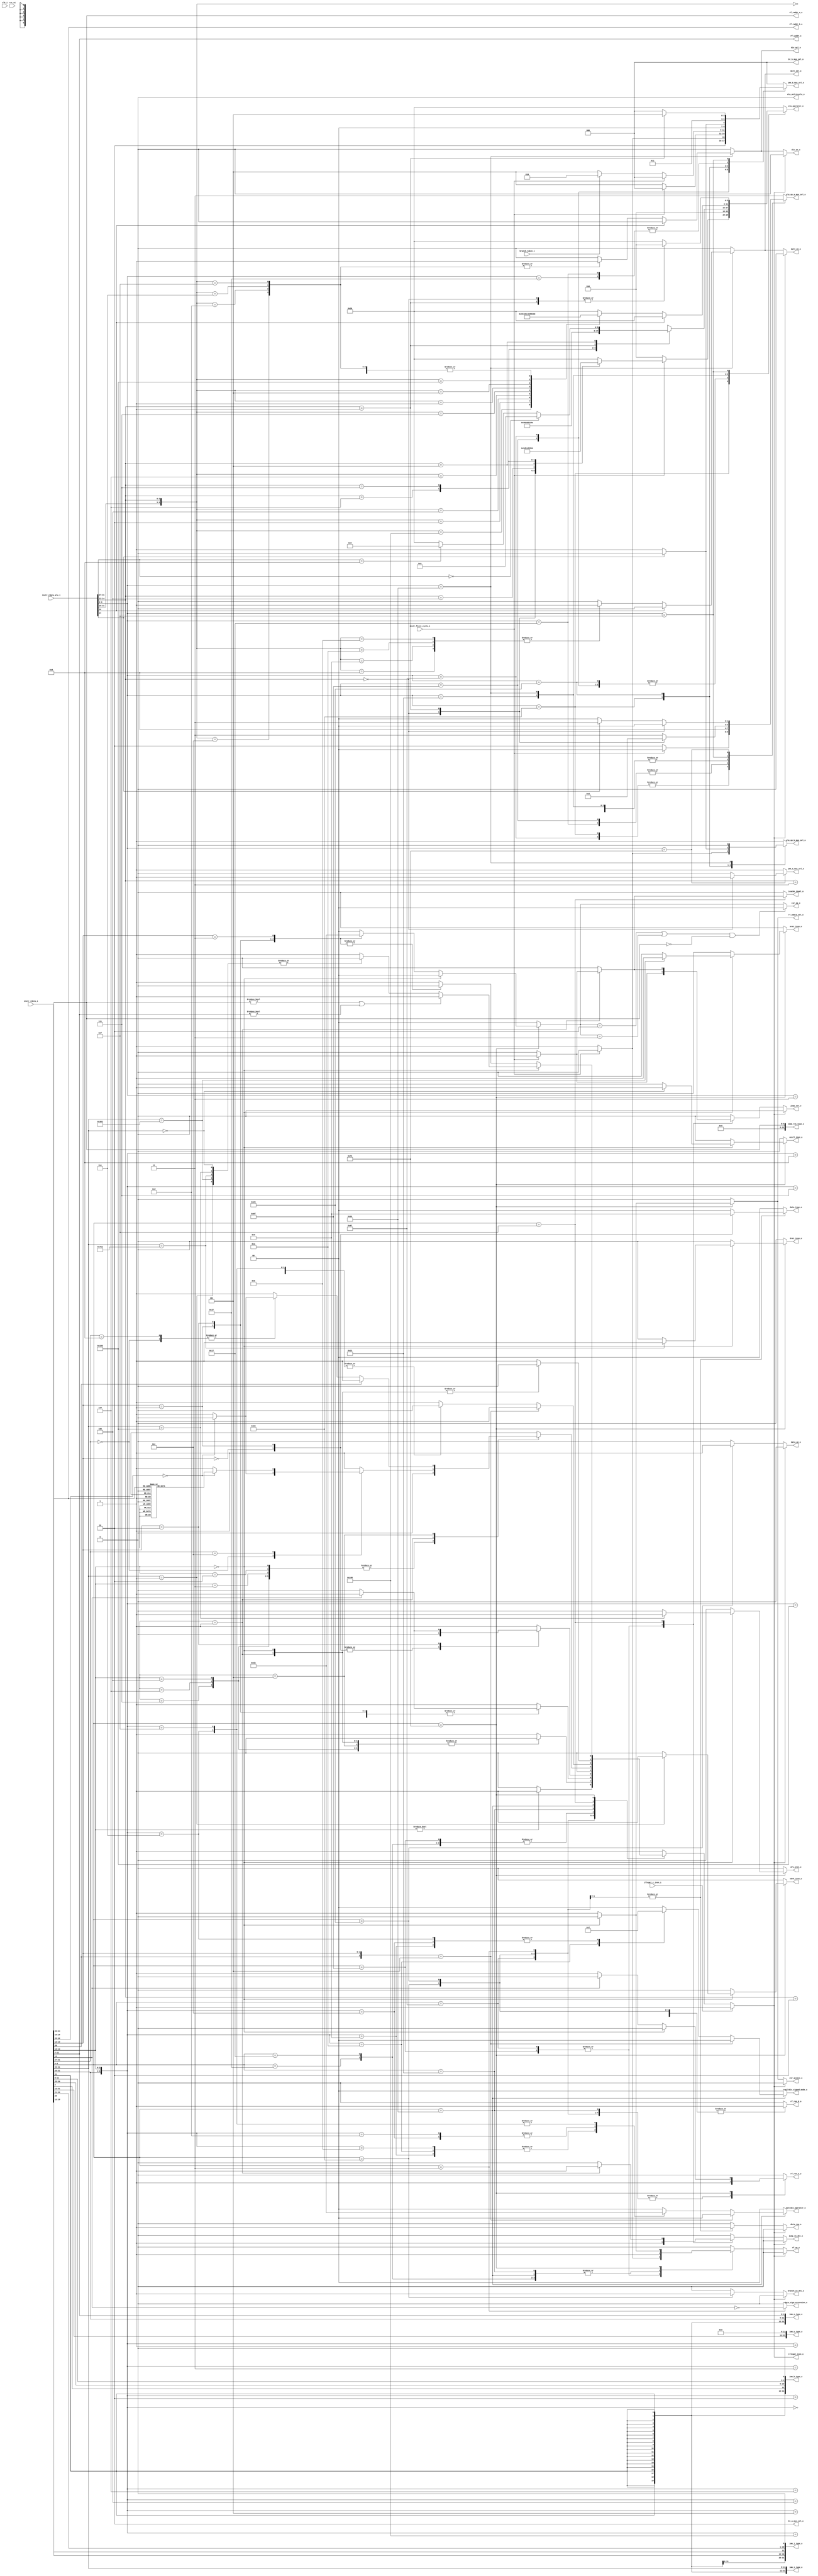
module ibex_decoder (
	clk_i,
	rst_ni,
	illegal_insn_o,
	ebrk_insn_o,
	mret_insn_o,
	dret_insn_o,
	ecall_insn_o,
	wfi_insn_o,
	jump_set_o,
	branch_taken_i,
	icache_inval_o,
	instr_first_cycle_i,
	instr_rdata_i,
	instr_rdata_alu_i,
	illegal_c_insn_i,
	imm_a_mux_sel_o,
	imm_b_mux_sel_o,
	bt_a_mux_sel_o,
	bt_b_mux_sel_o,
	imm_i_type_o,
	imm_s_type_o,
	imm_b_type_o,
	imm_u_type_o,
	imm_j_type_o,
	zimm_rs1_type_o,
	rf_wdata_sel_o,
	rf_we_o,
	rf_raddr_a_o,
	rf_raddr_b_o,
	rf_waddr_o,
	rf_ren_a_o,
	rf_ren_b_o,
	alu_operator_o,
	alu_op_a_mux_sel_o,
	alu_op_b_mux_sel_o,
	alu_multicycle_o,
	mult_en_o,
	div_en_o,
	mult_sel_o,
	div_sel_o,
	multdiv_operator_o,
	multdiv_signed_mode_o,
	csr_access_o,
	csr_op_o,
	data_req_o,
	data_we_o,
	data_type_o,
	data_sign_extension_o,
	jump_in_dec_o,
	branch_in_dec_o
);
	parameter [0:0] RV32E = 0;
	localparam integer ibex_pkg_RV32MFast = 2;
	parameter integer RV32M = ibex_pkg_RV32MFast;
	localparam integer ibex_pkg_RV32BNone = 0;
	parameter integer RV32B = ibex_pkg_RV32BNone;
	parameter [0:0] BranchTargetALU = 0;
	input wire clk_i;
	input wire rst_ni;
	output wire illegal_insn_o;
	output reg ebrk_insn_o;
	output reg mret_insn_o;
	output reg dret_insn_o;
	output reg ecall_insn_o;
	output reg wfi_insn_o;
	output reg jump_set_o;
	input wire branch_taken_i;
	output reg icache_inval_o;
	input wire instr_first_cycle_i;
	input wire [31:0] instr_rdata_i;
	input wire [31:0] instr_rdata_alu_i;
	input wire illegal_c_insn_i;
	output reg imm_a_mux_sel_o;
	output reg [2:0] imm_b_mux_sel_o;
	output reg [1:0] bt_a_mux_sel_o;
	output reg [2:0] bt_b_mux_sel_o;
	output wire [31:0] imm_i_type_o;
	output wire [31:0] imm_s_type_o;
	output wire [31:0] imm_b_type_o;
	output wire [31:0] imm_u_type_o;
	output wire [31:0] imm_j_type_o;
	output wire [31:0] zimm_rs1_type_o;
	output reg rf_wdata_sel_o;
	output wire rf_we_o;
	output wire [4:0] rf_raddr_a_o;
	output wire [4:0] rf_raddr_b_o;
	output wire [4:0] rf_waddr_o;
	output reg rf_ren_a_o;
	output reg rf_ren_b_o;
	output reg [5:0] alu_operator_o;
	output reg [1:0] alu_op_a_mux_sel_o;
	output reg alu_op_b_mux_sel_o;
	output reg alu_multicycle_o;
	output wire mult_en_o;
	output wire div_en_o;
	output reg mult_sel_o;
	output reg div_sel_o;
	output reg [1:0] multdiv_operator_o;
	output reg [1:0] multdiv_signed_mode_o;
	output reg csr_access_o;
	output reg [1:0] csr_op_o;
	output reg data_req_o;
	output reg data_we_o;
	output reg [1:0] data_type_o;
	output reg data_sign_extension_o;
	output reg jump_in_dec_o;
	output reg branch_in_dec_o;
	reg illegal_insn;
	wire illegal_reg_rv32e;
	reg csr_illegal;
	reg rf_we;
	wire [31:0] instr;
	wire [31:0] instr_alu;
	wire [9:0] unused_instr_alu;
	wire [4:0] instr_rs1;
	wire [4:0] instr_rs2;
	wire [4:0] instr_rs3;
	wire [4:0] instr_rd;
	reg use_rs3_d;
	reg use_rs3_q;
	reg [1:0] csr_op;
	reg [6:0] opcode;
	reg [6:0] opcode_alu;
	assign instr = instr_rdata_i;
	assign instr_alu = instr_rdata_alu_i;
	assign imm_i_type_o = {{20 {instr[31]}}, instr[31:20]};
	assign imm_s_type_o = {{20 {instr[31]}}, instr[31:25], instr[11:7]};
	assign imm_b_type_o = {{19 {instr[31]}}, instr[31], instr[7], instr[30:25], instr[11:8], 1'b0};
	assign imm_u_type_o = {instr[31:12], 12'b000000000000};
	assign imm_j_type_o = {{12 {instr[31]}}, instr[19:12], instr[20], instr[30:21], 1'b0};
	assign zimm_rs1_type_o = {27'b000000000000000000000000000, instr_rs1};
	generate
		if (RV32B != ibex_pkg_RV32BNone) begin : gen_rs3_flop
			always @(posedge clk_i or negedge rst_ni)
				if (!rst_ni)
					use_rs3_q <= 1'b0;
				else
					use_rs3_q <= use_rs3_d;
		end
		else begin : gen_no_rs3_flop
			wire unused_clk;
			wire unused_rst_n;
			assign unused_clk = clk_i;
			assign unused_rst_n = rst_ni;
			wire [1:1] sv2v_tmp_66FD5;
			assign sv2v_tmp_66FD5 = use_rs3_d;
			always @(*) use_rs3_q = sv2v_tmp_66FD5;
		end
	endgenerate
	assign instr_rs1 = instr[19:15];
	assign instr_rs2 = instr[24:20];
	assign instr_rs3 = instr[31:27];
	assign rf_raddr_a_o = (use_rs3_q & ~instr_first_cycle_i ? instr_rs3 : instr_rs1);
	assign rf_raddr_b_o = instr_rs2;
	assign instr_rd = instr[11:7];
	assign rf_waddr_o = instr_rd;
	localparam [1:0] ibex_pkg_OP_A_REG_A = 0;
	localparam [0:0] ibex_pkg_OP_B_REG_B = 0;
	generate
		if (RV32E) begin : gen_rv32e_reg_check_active
			assign illegal_reg_rv32e = ((rf_raddr_a_o[4] & (alu_op_a_mux_sel_o == ibex_pkg_OP_A_REG_A)) | (rf_raddr_b_o[4] & (alu_op_b_mux_sel_o == ibex_pkg_OP_B_REG_B))) | (rf_waddr_o[4] & rf_we);
		end
		else begin : gen_rv32e_reg_check_inactive
			assign illegal_reg_rv32e = 1'b0;
		end
	endgenerate
	localparam [1:0] ibex_pkg_CSR_OP_CLEAR = 3;
	localparam [1:0] ibex_pkg_CSR_OP_READ = 0;
	localparam [1:0] ibex_pkg_CSR_OP_SET = 2;
	always @(*) begin : csr_operand_check
		csr_op_o = csr_op;
		if (((csr_op == ibex_pkg_CSR_OP_SET) || (csr_op == ibex_pkg_CSR_OP_CLEAR)) && (instr_rs1 == {5 {1'sb0}}))
			csr_op_o = ibex_pkg_CSR_OP_READ;
	end
	localparam [1:0] ibex_pkg_CSR_OP_WRITE = 1;
	localparam [1:0] ibex_pkg_MD_OP_DIV = 2;
	localparam [1:0] ibex_pkg_MD_OP_MULH = 1;
	localparam [1:0] ibex_pkg_MD_OP_MULL = 0;
	localparam [1:0] ibex_pkg_MD_OP_REM = 3;
	localparam [6:0] ibex_pkg_OPCODE_AUIPC = 7'h17;
	localparam [6:0] ibex_pkg_OPCODE_BRANCH = 7'h63;
	localparam [6:0] ibex_pkg_OPCODE_JAL = 7'h6f;
	localparam [6:0] ibex_pkg_OPCODE_JALR = 7'h67;
	localparam [6:0] ibex_pkg_OPCODE_LOAD = 7'h03;
	localparam [6:0] ibex_pkg_OPCODE_LUI = 7'h37;
	localparam [6:0] ibex_pkg_OPCODE_MISC_MEM = 7'h0f;
	localparam [6:0] ibex_pkg_OPCODE_OP = 7'h33;
	localparam [6:0] ibex_pkg_OPCODE_OP_IMM = 7'h13;
	localparam [6:0] ibex_pkg_OPCODE_STORE = 7'h23;
	localparam [6:0] ibex_pkg_OPCODE_SYSTEM = 7'h73;
	localparam [0:0] ibex_pkg_RF_WD_CSR = 1;
	localparam [0:0] ibex_pkg_RF_WD_EX = 0;
	localparam integer ibex_pkg_RV32BBalanced = 1;
	localparam integer ibex_pkg_RV32BFull = 2;
	localparam integer ibex_pkg_RV32MNone = 0;
	always @(*) begin
		jump_in_dec_o = 1'b0;
		jump_set_o = 1'b0;
		branch_in_dec_o = 1'b0;
		icache_inval_o = 1'b0;
		multdiv_operator_o = ibex_pkg_MD_OP_MULL;
		multdiv_signed_mode_o = 2'b00;
		rf_wdata_sel_o = ibex_pkg_RF_WD_EX;
		rf_we = 1'b0;
		rf_ren_a_o = 1'b0;
		rf_ren_b_o = 1'b0;
		csr_access_o = 1'b0;
		csr_illegal = 1'b0;
		csr_op = ibex_pkg_CSR_OP_READ;
		data_we_o = 1'b0;
		data_type_o = 2'b00;
		data_sign_extension_o = 1'b0;
		data_req_o = 1'b0;
		illegal_insn = 1'b0;
		ebrk_insn_o = 1'b0;
		mret_insn_o = 1'b0;
		dret_insn_o = 1'b0;
		ecall_insn_o = 1'b0;
		wfi_insn_o = 1'b0;
		opcode = instr[6:0];
		case (opcode)
			ibex_pkg_OPCODE_JAL: begin
				jump_in_dec_o = 1'b1;
				if (instr_first_cycle_i) begin
					rf_we = BranchTargetALU;
					jump_set_o = 1'b1;
				end
				else
					rf_we = 1'b1;
			end
			ibex_pkg_OPCODE_JALR: begin
				jump_in_dec_o = 1'b1;
				if (instr_first_cycle_i) begin
					rf_we = BranchTargetALU;
					jump_set_o = 1'b1;
				end
				else
					rf_we = 1'b1;
				if (instr[14:12] != 3'b000)
					illegal_insn = 1'b1;
				rf_ren_a_o = 1'b1;
			end
			ibex_pkg_OPCODE_BRANCH: begin
				branch_in_dec_o = 1'b1;
				case (instr[14:12])
					3'b000, 3'b001, 3'b100, 3'b101, 3'b110, 3'b111: illegal_insn = 1'b0;
					default: illegal_insn = 1'b1;
				endcase
				rf_ren_a_o = 1'b1;
				rf_ren_b_o = 1'b1;
			end
			ibex_pkg_OPCODE_STORE: begin
				rf_ren_a_o = 1'b1;
				rf_ren_b_o = 1'b1;
				data_req_o = 1'b1;
				data_we_o = 1'b1;
				if (instr[14])
					illegal_insn = 1'b1;
				case (instr[13:12])
					2'b00: data_type_o = 2'b10;
					2'b01: data_type_o = 2'b01;
					2'b10: data_type_o = 2'b00;
					default: illegal_insn = 1'b1;
				endcase
			end
			ibex_pkg_OPCODE_LOAD: begin
				rf_ren_a_o = 1'b1;
				data_req_o = 1'b1;
				data_type_o = 2'b00;
				data_sign_extension_o = ~instr[14];
				case (instr[13:12])
					2'b00: data_type_o = 2'b10;
					2'b01: data_type_o = 2'b01;
					2'b10: begin
						data_type_o = 2'b00;
						if (instr[14])
							illegal_insn = 1'b1;
					end
					default: illegal_insn = 1'b1;
				endcase
			end
			ibex_pkg_OPCODE_LUI: rf_we = 1'b1;
			ibex_pkg_OPCODE_AUIPC: rf_we = 1'b1;
			ibex_pkg_OPCODE_OP_IMM: begin
				rf_ren_a_o = 1'b1;
				rf_we = 1'b1;
				case (instr[14:12])
					3'b000, 3'b010, 3'b011, 3'b100, 3'b110, 3'b111: illegal_insn = 1'b0;
					3'b001:
						case (instr[31:27])
							5'b00000: illegal_insn = (instr[26:25] == 2'b00 ? 1'b0 : 1'b1);
							5'b00100, 5'b01001, 5'b00101, 5'b01101: illegal_insn = (RV32B != ibex_pkg_RV32BNone ? 1'b0 : 1'b1);
							5'b00001:
								if (instr[26] == 1'b0)
									illegal_insn = (RV32B == ibex_pkg_RV32BFull ? 1'b0 : 1'b1);
								else
									illegal_insn = 1'b1;
							5'b01100:
								case (instr[26:20])
									7'b0000000, 7'b0000001, 7'b0000010, 7'b0000100, 7'b0000101: illegal_insn = (RV32B != ibex_pkg_RV32BNone ? 1'b0 : 1'b1);
									7'b0010000, 7'b0010001, 7'b0010010, 7'b0011000, 7'b0011001, 7'b0011010: illegal_insn = (RV32B == ibex_pkg_RV32BFull ? 1'b0 : 1'b1);
									default: illegal_insn = 1'b1;
								endcase
							default: illegal_insn = 1'b1;
						endcase
					3'b101:
						if (instr[26])
							illegal_insn = (RV32B != ibex_pkg_RV32BNone ? 1'b0 : 1'b1);
						else
							case (instr[31:27])
								5'b00000, 5'b01000: illegal_insn = (instr[26:25] == 2'b00 ? 1'b0 : 1'b1);
								5'b00100, 5'b01100, 5'b01001: illegal_insn = (RV32B != ibex_pkg_RV32BNone ? 1'b0 : 1'b1);
								5'b01101:
									if (RV32B == ibex_pkg_RV32BFull)
										illegal_insn = 1'b0;
									else
										case (instr[24:20])
											5'b11111, 5'b11000: illegal_insn = (RV32B == ibex_pkg_RV32BBalanced ? 1'b0 : 1'b1);
											default: illegal_insn = 1'b1;
										endcase
								5'b00101:
									if (RV32B == ibex_pkg_RV32BFull)
										illegal_insn = 1'b0;
									else if (instr[24:20] == 5'b00111)
										illegal_insn = (RV32B == ibex_pkg_RV32BBalanced ? 1'b0 : 1'b1);
									else
										illegal_insn = 1'b1;
								5'b00001:
									if (instr[26] == 1'b0)
										illegal_insn = (RV32B == ibex_pkg_RV32BFull ? 1'b0 : 1'b1);
									else
										illegal_insn = 1'b1;
								default: illegal_insn = 1'b1;
							endcase
					default: illegal_insn = 1'b1;
				endcase
			end
			ibex_pkg_OPCODE_OP: begin
				rf_ren_a_o = 1'b1;
				rf_ren_b_o = 1'b1;
				rf_we = 1'b1;
				if ({instr[26], instr[13:12]} == 3'b101)
					illegal_insn = (RV32B != ibex_pkg_RV32BNone ? 1'b0 : 1'b1);
				else
					case ({instr[31:25], instr[14:12]})
						10'b0000000000, 10'b0100000000, 10'b0000000010, 10'b0000000011, 10'b0000000100, 10'b0000000110, 10'b0000000111, 10'b0000000001, 10'b0000000101, 10'b0100000101: illegal_insn = 1'b0;
						10'b0100000111, 10'b0100000110, 10'b0100000100, 10'b0010000001, 10'b0010000101, 10'b0110000001, 10'b0110000101, 10'b0000101100, 10'b0000101101, 10'b0000101110, 10'b0000101111, 10'b0000100100, 10'b0100100100, 10'b0000100111, 10'b0100100001, 10'b0010100001, 10'b0110100001, 10'b0100100101, 10'b0100100111: illegal_insn = (RV32B != ibex_pkg_RV32BNone ? 1'b0 : 1'b1);
						10'b0100100110, 10'b0000100110, 10'b0110100101, 10'b0010100101, 10'b0000100001, 10'b0000100101, 10'b0000101001, 10'b0000101010, 10'b0000101011: illegal_insn = (RV32B == ibex_pkg_RV32BFull ? 1'b0 : 1'b1);
						10'b0000001000: begin
							multdiv_operator_o = ibex_pkg_MD_OP_MULL;
							multdiv_signed_mode_o = 2'b00;
							illegal_insn = (RV32M == ibex_pkg_RV32MNone ? 1'b1 : 1'b0);
						end
						10'b0000001001: begin
							multdiv_operator_o = ibex_pkg_MD_OP_MULH;
							multdiv_signed_mode_o = 2'b11;
							illegal_insn = (RV32M == ibex_pkg_RV32MNone ? 1'b1 : 1'b0);
						end
						10'b0000001010: begin
							multdiv_operator_o = ibex_pkg_MD_OP_MULH;
							multdiv_signed_mode_o = 2'b01;
							illegal_insn = (RV32M == ibex_pkg_RV32MNone ? 1'b1 : 1'b0);
						end
						10'b0000001011: begin
							multdiv_operator_o = ibex_pkg_MD_OP_MULH;
							multdiv_signed_mode_o = 2'b00;
							illegal_insn = (RV32M == ibex_pkg_RV32MNone ? 1'b1 : 1'b0);
						end
						10'b0000001100: begin
							multdiv_operator_o = ibex_pkg_MD_OP_DIV;
							multdiv_signed_mode_o = 2'b11;
							illegal_insn = (RV32M == ibex_pkg_RV32MNone ? 1'b1 : 1'b0);
						end
						10'b0000001101: begin
							multdiv_operator_o = ibex_pkg_MD_OP_DIV;
							multdiv_signed_mode_o = 2'b00;
							illegal_insn = (RV32M == ibex_pkg_RV32MNone ? 1'b1 : 1'b0);
						end
						10'b0000001110: begin
							multdiv_operator_o = ibex_pkg_MD_OP_REM;
							multdiv_signed_mode_o = 2'b11;
							illegal_insn = (RV32M == ibex_pkg_RV32MNone ? 1'b1 : 1'b0);
						end
						10'b0000001111: begin
							multdiv_operator_o = ibex_pkg_MD_OP_REM;
							multdiv_signed_mode_o = 2'b00;
							illegal_insn = (RV32M == ibex_pkg_RV32MNone ? 1'b1 : 1'b0);
						end
						default: illegal_insn = 1'b1;
					endcase
			end
			ibex_pkg_OPCODE_MISC_MEM:
				case (instr[14:12])
					3'b000: rf_we = 1'b0;
					3'b001: begin
						jump_in_dec_o = 1'b1;
						rf_we = 1'b0;
						if (instr_first_cycle_i) begin
							jump_set_o = 1'b1;
							icache_inval_o = 1'b1;
						end
					end
					default: illegal_insn = 1'b1;
				endcase
			ibex_pkg_OPCODE_SYSTEM:
				if (instr[14:12] == 3'b000) begin
					case (instr[31:20])
						12'h000: ecall_insn_o = 1'b1;
						12'h001: ebrk_insn_o = 1'b1;
						12'h302: mret_insn_o = 1'b1;
						12'h7b2: dret_insn_o = 1'b1;
						12'h105: wfi_insn_o = 1'b1;
						default: illegal_insn = 1'b1;
					endcase
					if ((instr_rs1 != 5'b00000) || (instr_rd != 5'b00000))
						illegal_insn = 1'b1;
				end
				else begin
					csr_access_o = 1'b1;
					rf_wdata_sel_o = ibex_pkg_RF_WD_CSR;
					rf_we = 1'b1;
					if (~instr[14])
						rf_ren_a_o = 1'b1;
					case (instr[13:12])
						2'b01: csr_op = ibex_pkg_CSR_OP_WRITE;
						2'b10: csr_op = ibex_pkg_CSR_OP_SET;
						2'b11: csr_op = ibex_pkg_CSR_OP_CLEAR;
						default: csr_illegal = 1'b1;
					endcase
					illegal_insn = csr_illegal;
				end
			default: illegal_insn = 1'b1;
		endcase
		if (illegal_c_insn_i)
			illegal_insn = 1'b1;
		if (illegal_insn) begin
			rf_we = 1'b0;
			data_req_o = 1'b0;
			data_we_o = 1'b0;
			jump_in_dec_o = 1'b0;
			jump_set_o = 1'b0;
			branch_in_dec_o = 1'b0;
			csr_access_o = 1'b0;
		end
	end
	localparam [5:0] ibex_pkg_ALU_ADD = 0;
	localparam [5:0] ibex_pkg_ALU_AND = 4;
	localparam [5:0] ibex_pkg_ALU_ANDN = 7;
	localparam [5:0] ibex_pkg_ALU_BDEP = 48;
	localparam [5:0] ibex_pkg_ALU_BEXT = 47;
	localparam [5:0] ibex_pkg_ALU_BFP = 49;
	localparam [5:0] ibex_pkg_ALU_CLMUL = 50;
	localparam [5:0] ibex_pkg_ALU_CLMULH = 52;
	localparam [5:0] ibex_pkg_ALU_CLMULR = 51;
	localparam [5:0] ibex_pkg_ALU_CLZ = 34;
	localparam [5:0] ibex_pkg_ALU_CMIX = 40;
	localparam [5:0] ibex_pkg_ALU_CMOV = 39;
	localparam [5:0] ibex_pkg_ALU_CRC32C_B = 54;
	localparam [5:0] ibex_pkg_ALU_CRC32C_H = 56;
	localparam [5:0] ibex_pkg_ALU_CRC32C_W = 58;
	localparam [5:0] ibex_pkg_ALU_CRC32_B = 53;
	localparam [5:0] ibex_pkg_ALU_CRC32_H = 55;
	localparam [5:0] ibex_pkg_ALU_CRC32_W = 57;
	localparam [5:0] ibex_pkg_ALU_CTZ = 35;
	localparam [5:0] ibex_pkg_ALU_EQ = 23;
	localparam [5:0] ibex_pkg_ALU_FSL = 41;
	localparam [5:0] ibex_pkg_ALU_FSR = 42;
	localparam [5:0] ibex_pkg_ALU_GE = 21;
	localparam [5:0] ibex_pkg_ALU_GEU = 22;
	localparam [5:0] ibex_pkg_ALU_GORC = 16;
	localparam [5:0] ibex_pkg_ALU_GREV = 15;
	localparam [5:0] ibex_pkg_ALU_LT = 19;
	localparam [5:0] ibex_pkg_ALU_LTU = 20;
	localparam [5:0] ibex_pkg_ALU_MAX = 27;
	localparam [5:0] ibex_pkg_ALU_MAXU = 28;
	localparam [5:0] ibex_pkg_ALU_MIN = 25;
	localparam [5:0] ibex_pkg_ALU_MINU = 26;
	localparam [5:0] ibex_pkg_ALU_NE = 24;
	localparam [5:0] ibex_pkg_ALU_OR = 3;
	localparam [5:0] ibex_pkg_ALU_ORN = 6;
	localparam [5:0] ibex_pkg_ALU_PACK = 29;
	localparam [5:0] ibex_pkg_ALU_PACKH = 31;
	localparam [5:0] ibex_pkg_ALU_PACKU = 30;
	localparam [5:0] ibex_pkg_ALU_PCNT = 36;
	localparam [5:0] ibex_pkg_ALU_ROL = 14;
	localparam [5:0] ibex_pkg_ALU_ROR = 13;
	localparam [5:0] ibex_pkg_ALU_SBCLR = 44;
	localparam [5:0] ibex_pkg_ALU_SBEXT = 46;
	localparam [5:0] ibex_pkg_ALU_SBINV = 45;
	localparam [5:0] ibex_pkg_ALU_SBSET = 43;
	localparam [5:0] ibex_pkg_ALU_SEXTB = 32;
	localparam [5:0] ibex_pkg_ALU_SEXTH = 33;
	localparam [5:0] ibex_pkg_ALU_SHFL = 17;
	localparam [5:0] ibex_pkg_ALU_SLL = 10;
	localparam [5:0] ibex_pkg_ALU_SLO = 12;
	localparam [5:0] ibex_pkg_ALU_SLT = 37;
	localparam [5:0] ibex_pkg_ALU_SLTU = 38;
	localparam [5:0] ibex_pkg_ALU_SRA = 8;
	localparam [5:0] ibex_pkg_ALU_SRL = 9;
	localparam [5:0] ibex_pkg_ALU_SRO = 11;
	localparam [5:0] ibex_pkg_ALU_SUB = 1;
	localparam [5:0] ibex_pkg_ALU_UNSHFL = 18;
	localparam [5:0] ibex_pkg_ALU_XNOR = 5;
	localparam [5:0] ibex_pkg_ALU_XOR = 2;
	localparam [0:0] ibex_pkg_IMM_A_Z = 0;
	localparam [0:0] ibex_pkg_IMM_A_ZERO = 1;
	localparam [2:0] ibex_pkg_IMM_B_B = 2;
	localparam [2:0] ibex_pkg_IMM_B_I = 0;
	localparam [2:0] ibex_pkg_IMM_B_INCR_PC = 5;
	localparam [2:0] ibex_pkg_IMM_B_J = 4;
	localparam [2:0] ibex_pkg_IMM_B_S = 1;
	localparam [2:0] ibex_pkg_IMM_B_U = 3;
	localparam [1:0] ibex_pkg_OP_A_CURRPC = 2;
	localparam [1:0] ibex_pkg_OP_A_IMM = 3;
	localparam [0:0] ibex_pkg_OP_B_IMM = 1;
	always @(*) begin
		alu_operator_o = ibex_pkg_ALU_SLTU;
		alu_op_a_mux_sel_o = ibex_pkg_OP_A_IMM;
		alu_op_b_mux_sel_o = ibex_pkg_OP_B_IMM;
		imm_a_mux_sel_o = ibex_pkg_IMM_A_ZERO;
		imm_b_mux_sel_o = ibex_pkg_IMM_B_I;
		bt_a_mux_sel_o = ibex_pkg_OP_A_CURRPC;
		bt_b_mux_sel_o = ibex_pkg_IMM_B_I;
		opcode_alu = instr_alu[6:0];
		use_rs3_d = 1'b0;
		alu_multicycle_o = 1'b0;
		mult_sel_o = 1'b0;
		div_sel_o = 1'b0;
		case (opcode_alu)
			ibex_pkg_OPCODE_JAL: begin
				if (BranchTargetALU) begin
					bt_a_mux_sel_o = ibex_pkg_OP_A_CURRPC;
					bt_b_mux_sel_o = ibex_pkg_IMM_B_J;
				end
				if (instr_first_cycle_i && !BranchTargetALU) begin
					alu_op_a_mux_sel_o = ibex_pkg_OP_A_CURRPC;
					alu_op_b_mux_sel_o = ibex_pkg_OP_B_IMM;
					imm_b_mux_sel_o = ibex_pkg_IMM_B_J;
					alu_operator_o = ibex_pkg_ALU_ADD;
				end
				else begin
					alu_op_a_mux_sel_o = ibex_pkg_OP_A_CURRPC;
					alu_op_b_mux_sel_o = ibex_pkg_OP_B_IMM;
					imm_b_mux_sel_o = ibex_pkg_IMM_B_INCR_PC;
					alu_operator_o = ibex_pkg_ALU_ADD;
				end
			end
			ibex_pkg_OPCODE_JALR: begin
				if (BranchTargetALU) begin
					bt_a_mux_sel_o = ibex_pkg_OP_A_REG_A;
					bt_b_mux_sel_o = ibex_pkg_IMM_B_I;
				end
				if (instr_first_cycle_i && !BranchTargetALU) begin
					alu_op_a_mux_sel_o = ibex_pkg_OP_A_REG_A;
					alu_op_b_mux_sel_o = ibex_pkg_OP_B_IMM;
					imm_b_mux_sel_o = ibex_pkg_IMM_B_I;
					alu_operator_o = ibex_pkg_ALU_ADD;
				end
				else begin
					alu_op_a_mux_sel_o = ibex_pkg_OP_A_CURRPC;
					alu_op_b_mux_sel_o = ibex_pkg_OP_B_IMM;
					imm_b_mux_sel_o = ibex_pkg_IMM_B_INCR_PC;
					alu_operator_o = ibex_pkg_ALU_ADD;
				end
			end
			ibex_pkg_OPCODE_BRANCH: begin
				case (instr_alu[14:12])
					3'b000: alu_operator_o = ibex_pkg_ALU_EQ;
					3'b001: alu_operator_o = ibex_pkg_ALU_NE;
					3'b100: alu_operator_o = ibex_pkg_ALU_LT;
					3'b101: alu_operator_o = ibex_pkg_ALU_GE;
					3'b110: alu_operator_o = ibex_pkg_ALU_LTU;
					3'b111: alu_operator_o = ibex_pkg_ALU_GEU;
					default:
						;
				endcase
				if (BranchTargetALU) begin
					bt_a_mux_sel_o = ibex_pkg_OP_A_CURRPC;
					bt_b_mux_sel_o = (branch_taken_i ? ibex_pkg_IMM_B_B : ibex_pkg_IMM_B_INCR_PC);
				end
				if (instr_first_cycle_i) begin
					alu_op_a_mux_sel_o = ibex_pkg_OP_A_REG_A;
					alu_op_b_mux_sel_o = ibex_pkg_OP_B_REG_B;
				end
				else begin
					alu_op_a_mux_sel_o = ibex_pkg_OP_A_CURRPC;
					alu_op_b_mux_sel_o = ibex_pkg_OP_B_IMM;
					imm_b_mux_sel_o = (branch_taken_i ? ibex_pkg_IMM_B_B : ibex_pkg_IMM_B_INCR_PC);
					alu_operator_o = ibex_pkg_ALU_ADD;
				end
			end
			ibex_pkg_OPCODE_STORE: begin
				alu_op_a_mux_sel_o = ibex_pkg_OP_A_REG_A;
				alu_op_b_mux_sel_o = ibex_pkg_OP_B_REG_B;
				alu_operator_o = ibex_pkg_ALU_ADD;
				if (!instr_alu[14]) begin
					imm_b_mux_sel_o = ibex_pkg_IMM_B_S;
					alu_op_b_mux_sel_o = ibex_pkg_OP_B_IMM;
				end
			end
			ibex_pkg_OPCODE_LOAD: begin
				alu_op_a_mux_sel_o = ibex_pkg_OP_A_REG_A;
				alu_operator_o = ibex_pkg_ALU_ADD;
				alu_op_b_mux_sel_o = ibex_pkg_OP_B_IMM;
				imm_b_mux_sel_o = ibex_pkg_IMM_B_I;
			end
			ibex_pkg_OPCODE_LUI: begin
				alu_op_a_mux_sel_o = ibex_pkg_OP_A_IMM;
				alu_op_b_mux_sel_o = ibex_pkg_OP_B_IMM;
				imm_a_mux_sel_o = ibex_pkg_IMM_A_ZERO;
				imm_b_mux_sel_o = ibex_pkg_IMM_B_U;
				alu_operator_o = ibex_pkg_ALU_ADD;
			end
			ibex_pkg_OPCODE_AUIPC: begin
				alu_op_a_mux_sel_o = ibex_pkg_OP_A_CURRPC;
				alu_op_b_mux_sel_o = ibex_pkg_OP_B_IMM;
				imm_b_mux_sel_o = ibex_pkg_IMM_B_U;
				alu_operator_o = ibex_pkg_ALU_ADD;
			end
			ibex_pkg_OPCODE_OP_IMM: begin
				alu_op_a_mux_sel_o = ibex_pkg_OP_A_REG_A;
				alu_op_b_mux_sel_o = ibex_pkg_OP_B_IMM;
				imm_b_mux_sel_o = ibex_pkg_IMM_B_I;
				case (instr_alu[14:12])
					3'b000: alu_operator_o = ibex_pkg_ALU_ADD;
					3'b010: alu_operator_o = ibex_pkg_ALU_SLT;
					3'b011: alu_operator_o = ibex_pkg_ALU_SLTU;
					3'b100: alu_operator_o = ibex_pkg_ALU_XOR;
					3'b110: alu_operator_o = ibex_pkg_ALU_OR;
					3'b111: alu_operator_o = ibex_pkg_ALU_AND;
					3'b001:
						if (RV32B != ibex_pkg_RV32BNone)
							case (instr_alu[31:27])
								5'b00000: alu_operator_o = ibex_pkg_ALU_SLL;
								5'b00100: alu_operator_o = ibex_pkg_ALU_SLO;
								5'b01001: alu_operator_o = ibex_pkg_ALU_SBCLR;
								5'b00101: alu_operator_o = ibex_pkg_ALU_SBSET;
								5'b01101: alu_operator_o = ibex_pkg_ALU_SBINV;
								5'b00001:
									if (instr_alu[26] == 0)
										alu_operator_o = ibex_pkg_ALU_SHFL;
								5'b01100:
									case (instr_alu[26:20])
										7'b0000000: alu_operator_o = ibex_pkg_ALU_CLZ;
										7'b0000001: alu_operator_o = ibex_pkg_ALU_CTZ;
										7'b0000010: alu_operator_o = ibex_pkg_ALU_PCNT;
										7'b0000100: alu_operator_o = ibex_pkg_ALU_SEXTB;
										7'b0000101: alu_operator_o = ibex_pkg_ALU_SEXTH;
										7'b0010000:
											if (RV32B == ibex_pkg_RV32BFull) begin
												alu_operator_o = ibex_pkg_ALU_CRC32_B;
												alu_multicycle_o = 1'b1;
											end
										7'b0010001:
											if (RV32B == ibex_pkg_RV32BFull) begin
												alu_operator_o = ibex_pkg_ALU_CRC32_H;
												alu_multicycle_o = 1'b1;
											end
										7'b0010010:
											if (RV32B == ibex_pkg_RV32BFull) begin
												alu_operator_o = ibex_pkg_ALU_CRC32_W;
												alu_multicycle_o = 1'b1;
											end
										7'b0011000:
											if (RV32B == ibex_pkg_RV32BFull) begin
												alu_operator_o = ibex_pkg_ALU_CRC32C_B;
												alu_multicycle_o = 1'b1;
											end
										7'b0011001:
											if (RV32B == ibex_pkg_RV32BFull) begin
												alu_operator_o = ibex_pkg_ALU_CRC32C_H;
												alu_multicycle_o = 1'b1;
											end
										7'b0011010:
											if (RV32B == ibex_pkg_RV32BFull) begin
												alu_operator_o = ibex_pkg_ALU_CRC32C_W;
												alu_multicycle_o = 1'b1;
											end
										default:
											;
									endcase
								default:
									;
							endcase
						else
							alu_operator_o = ibex_pkg_ALU_SLL;
					3'b101:
						if (RV32B != ibex_pkg_RV32BNone) begin
							if (instr_alu[26] == 1'b1) begin
								alu_operator_o = ibex_pkg_ALU_FSR;
								alu_multicycle_o = 1'b1;
								if (instr_first_cycle_i)
									use_rs3_d = 1'b1;
								else
									use_rs3_d = 1'b0;
							end
							else
								case (instr_alu[31:27])
									5'b00000: alu_operator_o = ibex_pkg_ALU_SRL;
									5'b01000: alu_operator_o = ibex_pkg_ALU_SRA;
									5'b00100: alu_operator_o = ibex_pkg_ALU_SRO;
									5'b01001: alu_operator_o = ibex_pkg_ALU_SBEXT;
									5'b01100: begin
										alu_operator_o = ibex_pkg_ALU_ROR;
										alu_multicycle_o = 1'b1;
									end
									5'b01101: alu_operator_o = ibex_pkg_ALU_GREV;
									5'b00101: alu_operator_o = ibex_pkg_ALU_GORC;
									5'b00001:
										if (RV32B == ibex_pkg_RV32BFull)
											if (instr_alu[26] == 1'b0)
												alu_operator_o = ibex_pkg_ALU_UNSHFL;
									default:
										;
								endcase
						end
						else if (instr_alu[31:27] == 5'b00000)
							alu_operator_o = ibex_pkg_ALU_SRL;
						else if (instr_alu[31:27] == 5'b01000)
							alu_operator_o = ibex_pkg_ALU_SRA;
					default:
						;
				endcase
			end
			ibex_pkg_OPCODE_OP: begin
				alu_op_a_mux_sel_o = ibex_pkg_OP_A_REG_A;
				alu_op_b_mux_sel_o = ibex_pkg_OP_B_REG_B;
				if (instr_alu[26]) begin
					if (RV32B != ibex_pkg_RV32BNone)
						case ({instr_alu[26:25], instr_alu[14:12]})
							5'b11001: begin
								alu_operator_o = ibex_pkg_ALU_CMIX;
								alu_multicycle_o = 1'b1;
								if (instr_first_cycle_i)
									use_rs3_d = 1'b1;
								else
									use_rs3_d = 1'b0;
							end
							5'b11101: begin
								alu_operator_o = ibex_pkg_ALU_CMOV;
								alu_multicycle_o = 1'b1;
								if (instr_first_cycle_i)
									use_rs3_d = 1'b1;
								else
									use_rs3_d = 1'b0;
							end
							5'b10001: begin
								alu_operator_o = ibex_pkg_ALU_FSL;
								alu_multicycle_o = 1'b1;
								if (instr_first_cycle_i)
									use_rs3_d = 1'b1;
								else
									use_rs3_d = 1'b0;
							end
							5'b10101: begin
								alu_operator_o = ibex_pkg_ALU_FSR;
								alu_multicycle_o = 1'b1;
								if (instr_first_cycle_i)
									use_rs3_d = 1'b1;
								else
									use_rs3_d = 1'b0;
							end
							default:
								;
						endcase
				end
				else
					case ({instr_alu[31:25], instr_alu[14:12]})
						10'b0000000000: alu_operator_o = ibex_pkg_ALU_ADD;
						10'b0100000000: alu_operator_o = ibex_pkg_ALU_SUB;
						10'b0000000010: alu_operator_o = ibex_pkg_ALU_SLT;
						10'b0000000011: alu_operator_o = ibex_pkg_ALU_SLTU;
						10'b0000000100: alu_operator_o = ibex_pkg_ALU_XOR;
						10'b0000000110: alu_operator_o = ibex_pkg_ALU_OR;
						10'b0000000111: alu_operator_o = ibex_pkg_ALU_AND;
						10'b0000000001: alu_operator_o = ibex_pkg_ALU_SLL;
						10'b0000000101: alu_operator_o = ibex_pkg_ALU_SRL;
						10'b0100000101: alu_operator_o = ibex_pkg_ALU_SRA;
						10'b0010000001:
							if (RV32B != ibex_pkg_RV32BNone)
								alu_operator_o = ibex_pkg_ALU_SLO;
						10'b0010000101:
							if (RV32B != ibex_pkg_RV32BNone)
								alu_operator_o = ibex_pkg_ALU_SRO;
						10'b0110000001:
							if (RV32B != ibex_pkg_RV32BNone) begin
								alu_operator_o = ibex_pkg_ALU_ROL;
								alu_multicycle_o = 1'b1;
							end
						10'b0110000101:
							if (RV32B != ibex_pkg_RV32BNone) begin
								alu_operator_o = ibex_pkg_ALU_ROR;
								alu_multicycle_o = 1'b1;
							end
						10'b0000101100:
							if (RV32B != ibex_pkg_RV32BNone)
								alu_operator_o = ibex_pkg_ALU_MIN;
						10'b0000101101:
							if (RV32B != ibex_pkg_RV32BNone)
								alu_operator_o = ibex_pkg_ALU_MAX;
						10'b0000101110:
							if (RV32B != ibex_pkg_RV32BNone)
								alu_operator_o = ibex_pkg_ALU_MINU;
						10'b0000101111:
							if (RV32B != ibex_pkg_RV32BNone)
								alu_operator_o = ibex_pkg_ALU_MAXU;
						10'b0000100100:
							if (RV32B != ibex_pkg_RV32BNone)
								alu_operator_o = ibex_pkg_ALU_PACK;
						10'b0100100100:
							if (RV32B != ibex_pkg_RV32BNone)
								alu_operator_o = ibex_pkg_ALU_PACKU;
						10'b0000100111:
							if (RV32B != ibex_pkg_RV32BNone)
								alu_operator_o = ibex_pkg_ALU_PACKH;
						10'b0100000100:
							if (RV32B != ibex_pkg_RV32BNone)
								alu_operator_o = ibex_pkg_ALU_XNOR;
						10'b0100000110:
							if (RV32B != ibex_pkg_RV32BNone)
								alu_operator_o = ibex_pkg_ALU_ORN;
						10'b0100000111:
							if (RV32B != ibex_pkg_RV32BNone)
								alu_operator_o = ibex_pkg_ALU_ANDN;
						10'b0100100001:
							if (RV32B != ibex_pkg_RV32BNone)
								alu_operator_o = ibex_pkg_ALU_SBCLR;
						10'b0010100001:
							if (RV32B != ibex_pkg_RV32BNone)
								alu_operator_o = ibex_pkg_ALU_SBSET;
						10'b0110100001:
							if (RV32B != ibex_pkg_RV32BNone)
								alu_operator_o = ibex_pkg_ALU_SBINV;
						10'b0100100101:
							if (RV32B != ibex_pkg_RV32BNone)
								alu_operator_o = ibex_pkg_ALU_SBEXT;
						10'b0100100111:
							if (RV32B != ibex_pkg_RV32BNone)
								alu_operator_o = ibex_pkg_ALU_BFP;
						10'b0110100101:
							if (RV32B != ibex_pkg_RV32BNone)
								alu_operator_o = ibex_pkg_ALU_GREV;
						10'b0010100101:
							if (RV32B != ibex_pkg_RV32BNone)
								alu_operator_o = ibex_pkg_ALU_GORC;
						10'b0000100001:
							if (RV32B == ibex_pkg_RV32BFull)
								alu_operator_o = ibex_pkg_ALU_SHFL;
						10'b0000100101:
							if (RV32B == ibex_pkg_RV32BFull)
								alu_operator_o = ibex_pkg_ALU_UNSHFL;
						10'b0000101001:
							if (RV32B == ibex_pkg_RV32BFull)
								alu_operator_o = ibex_pkg_ALU_CLMUL;
						10'b0000101010:
							if (RV32B == ibex_pkg_RV32BFull)
								alu_operator_o = ibex_pkg_ALU_CLMULR;
						10'b0000101011:
							if (RV32B == ibex_pkg_RV32BFull)
								alu_operator_o = ibex_pkg_ALU_CLMULH;
						10'b0100100110:
							if (RV32B == ibex_pkg_RV32BFull) begin
								alu_operator_o = ibex_pkg_ALU_BDEP;
								alu_multicycle_o = 1'b1;
							end
						10'b0000100110:
							if (RV32B == ibex_pkg_RV32BFull) begin
								alu_operator_o = ibex_pkg_ALU_BEXT;
								alu_multicycle_o = 1'b1;
							end
						10'b0000001000: begin
							alu_operator_o = ibex_pkg_ALU_ADD;
							mult_sel_o = (RV32M == ibex_pkg_RV32MNone ? 1'b0 : 1'b1);
						end
						10'b0000001001: begin
							alu_operator_o = ibex_pkg_ALU_ADD;
							mult_sel_o = (RV32M == ibex_pkg_RV32MNone ? 1'b0 : 1'b1);
						end
						10'b0000001010: begin
							alu_operator_o = ibex_pkg_ALU_ADD;
							mult_sel_o = (RV32M == ibex_pkg_RV32MNone ? 1'b0 : 1'b1);
						end
						10'b0000001011: begin
							alu_operator_o = ibex_pkg_ALU_ADD;
							mult_sel_o = (RV32M == ibex_pkg_RV32MNone ? 1'b0 : 1'b1);
						end
						10'b0000001100: begin
							alu_operator_o = ibex_pkg_ALU_ADD;
							div_sel_o = (RV32M == ibex_pkg_RV32MNone ? 1'b0 : 1'b1);
						end
						10'b0000001101: begin
							alu_operator_o = ibex_pkg_ALU_ADD;
							div_sel_o = (RV32M == ibex_pkg_RV32MNone ? 1'b0 : 1'b1);
						end
						10'b0000001110: begin
							alu_operator_o = ibex_pkg_ALU_ADD;
							div_sel_o = (RV32M == ibex_pkg_RV32MNone ? 1'b0 : 1'b1);
						end
						10'b0000001111: begin
							alu_operator_o = ibex_pkg_ALU_ADD;
							div_sel_o = (RV32M == ibex_pkg_RV32MNone ? 1'b0 : 1'b1);
						end
						default:
							;
					endcase
			end
			ibex_pkg_OPCODE_MISC_MEM:
				case (instr_alu[14:12])
					3'b000: begin
						alu_operator_o = ibex_pkg_ALU_ADD;
						alu_op_a_mux_sel_o = ibex_pkg_OP_A_REG_A;
						alu_op_b_mux_sel_o = ibex_pkg_OP_B_IMM;
					end
					3'b001:
						if (BranchTargetALU) begin
							bt_a_mux_sel_o = ibex_pkg_OP_A_CURRPC;
							bt_b_mux_sel_o = ibex_pkg_IMM_B_INCR_PC;
						end
						else begin
							alu_op_a_mux_sel_o = ibex_pkg_OP_A_CURRPC;
							alu_op_b_mux_sel_o = ibex_pkg_OP_B_IMM;
							imm_b_mux_sel_o = ibex_pkg_IMM_B_INCR_PC;
							alu_operator_o = ibex_pkg_ALU_ADD;
						end
					default:
						;
				endcase
			ibex_pkg_OPCODE_SYSTEM:
				if (instr_alu[14:12] == 3'b000) begin
					alu_op_a_mux_sel_o = ibex_pkg_OP_A_REG_A;
					alu_op_b_mux_sel_o = ibex_pkg_OP_B_IMM;
				end
				else begin
					alu_op_b_mux_sel_o = ibex_pkg_OP_B_IMM;
					imm_a_mux_sel_o = ibex_pkg_IMM_A_Z;
					imm_b_mux_sel_o = ibex_pkg_IMM_B_I;
					if (instr_alu[14])
						alu_op_a_mux_sel_o = ibex_pkg_OP_A_IMM;
					else
						alu_op_a_mux_sel_o = ibex_pkg_OP_A_REG_A;
				end
			default:
				;
		endcase
	end
	assign mult_en_o = (illegal_insn ? 1'b0 : mult_sel_o);
	assign div_en_o = (illegal_insn ? 1'b0 : div_sel_o);
	assign illegal_insn_o = illegal_insn | illegal_reg_rv32e;
	assign rf_we_o = rf_we & ~illegal_reg_rv32e;
	assign unused_instr_alu = {instr_alu[19:15], instr_alu[11:7]};
endmodule